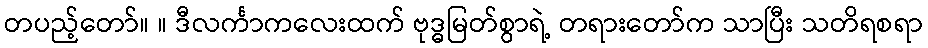
တပည့်တော်။ ။ ဒီလင်္ကာကလေးထက် ဗုဒ္ဓမြတ်စွာရဲ့ တရားတော်က သာပြီး သတိရစရာ